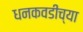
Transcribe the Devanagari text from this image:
धनकवडीच्या